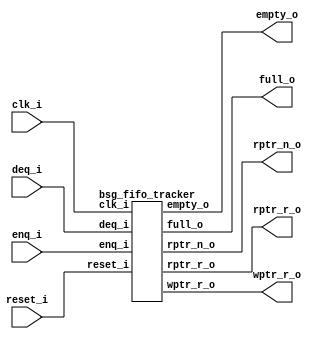


module top
(
  clk_i,
  reset_i,
  enq_i,
  deq_i,
  wptr_r_o,
  rptr_r_o,
  rptr_n_o,
  full_o,
  empty_o
);

  output [5:0] wptr_r_o;
  output [5:0] rptr_r_o;
  output [5:0] rptr_n_o;
  input clk_i;
  input reset_i;
  input enq_i;
  input deq_i;
  output full_o;
  output empty_o;

  bsg_fifo_tracker
  wrapper
  (
    .wptr_r_o(wptr_r_o),
    .rptr_r_o(rptr_r_o),
    .rptr_n_o(rptr_n_o),
    .clk_i(clk_i),
    .reset_i(reset_i),
    .enq_i(enq_i),
    .deq_i(deq_i),
    .full_o(full_o),
    .empty_o(empty_o)
  );


endmodule



module bsg_circular_ptr_slots_p64_max_add_p1
(
  clk,
  reset_i,
  add_i,
  o,
  n_o
);

  input [0:0] add_i;
  output [5:0] o;
  output [5:0] n_o;
  input clk;
  input reset_i;
  wire [5:0] n_o,genblk1_genblk1_ptr_r_p1;
  wire N0,N1,N2,N3,N4,N5,N6,N7,N8,N9,N10,N11;
  reg [5:0] o;
  assign genblk1_genblk1_ptr_r_p1 = o + 1'b1;
  assign { N10, N9, N8, N7, N6, N5 } = (N0)? { 1'b0, 1'b0, 1'b0, 1'b0, 1'b0, 1'b0 } : 
                                       (N1)? n_o : 1'b0;
  assign N0 = reset_i;
  assign N1 = N4;
  assign n_o = (N2)? genblk1_genblk1_ptr_r_p1 : 
               (N3)? o : 1'b0;
  assign N2 = add_i[0];
  assign N3 = N11;
  assign N4 = ~reset_i;
  assign N11 = ~add_i[0];

  always @(posedge clk) begin
    if(1'b1) begin
      { o[5:0] } <= { N10, N9, N8, N7, N6, N5 };
    end 
  end


endmodule



module bsg_fifo_tracker
(
  clk_i,
  reset_i,
  enq_i,
  deq_i,
  wptr_r_o,
  rptr_r_o,
  rptr_n_o,
  full_o,
  empty_o
);

  output [5:0] wptr_r_o;
  output [5:0] rptr_r_o;
  output [5:0] rptr_n_o;
  input clk_i;
  input reset_i;
  input enq_i;
  input deq_i;
  output full_o;
  output empty_o;
  wire [5:0] wptr_r_o,rptr_r_o,rptr_n_o;
  wire full_o,empty_o,N0,N1,N2,N3,N4,N5,N6,N7,N8,N9,equal_ptrs,SYNOPSYS_UNCONNECTED_1,
  SYNOPSYS_UNCONNECTED_2,SYNOPSYS_UNCONNECTED_3,SYNOPSYS_UNCONNECTED_4,
  SYNOPSYS_UNCONNECTED_5,SYNOPSYS_UNCONNECTED_6;
  reg deq_r,enq_r;

  bsg_circular_ptr_slots_p64_max_add_p1
  rptr
  (
    .clk(clk_i),
    .reset_i(reset_i),
    .add_i(deq_i),
    .o(rptr_r_o),
    .n_o(rptr_n_o)
  );


  bsg_circular_ptr_slots_p64_max_add_p1
  wptr
  (
    .clk(clk_i),
    .reset_i(reset_i),
    .add_i(enq_i),
    .o(wptr_r_o),
    .n_o({ SYNOPSYS_UNCONNECTED_1, SYNOPSYS_UNCONNECTED_2, SYNOPSYS_UNCONNECTED_3, SYNOPSYS_UNCONNECTED_4, SYNOPSYS_UNCONNECTED_5, SYNOPSYS_UNCONNECTED_6 })
  );

  assign equal_ptrs = rptr_r_o == wptr_r_o;
  assign N5 = (N0)? 1'b1 : 
              (N9)? 1'b1 : 
              (N4)? 1'b0 : 1'b0;
  assign N0 = N2;
  assign N6 = (N0)? 1'b0 : 
              (N9)? enq_i : 1'b0;
  assign N7 = (N0)? 1'b1 : 
              (N9)? deq_i : 1'b0;
  assign N1 = enq_i | deq_i;
  assign N2 = reset_i;
  assign N3 = N1 | N2;
  assign N4 = ~N3;
  assign N8 = ~N2;
  assign N9 = N1 & N8;
  assign empty_o = equal_ptrs & deq_r;
  assign full_o = equal_ptrs & enq_r;

  always @(posedge clk_i) begin
    if(N5) begin
      deq_r <= N7;
      enq_r <= N6;
    end 
  end


endmodule